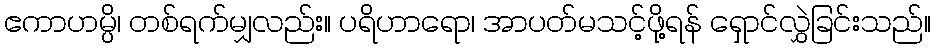
ဧကာဟမ္ပိ၊ တစ်ရက်မျှလည်း။ ပရိဟာရော၊ အာပတ်မသင့်ဖို့ရန် ရှောင်လွှဲခြင်းသည်။